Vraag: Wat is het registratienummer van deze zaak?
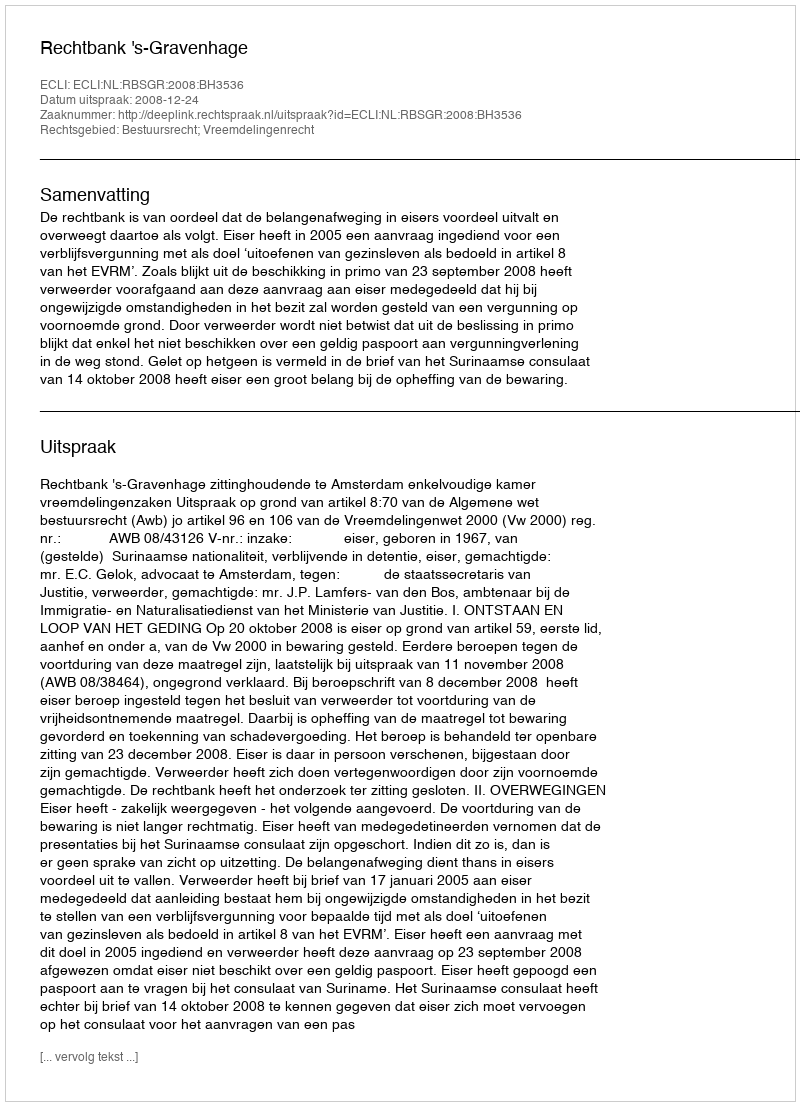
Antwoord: http://deeplink.rechtspraak.nl/uitspraak?id=ECLI:NL:RBSGR:2008:BH3536